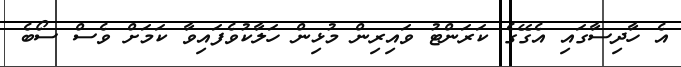
އެ ހާދިސާގައި އެގޭގެ ކަރަންޓު ވައިރިން މުޅިން ހަލާކުވެފައިވާ ކަމަށް ވެސް ސޯބެ